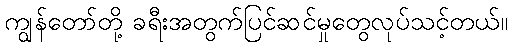
ကျွန်တော်တို့ ခရီးအတွက်ပြင်ဆင်မှုတွေလုပ်သင့်တယ်။